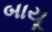
બાયૂ